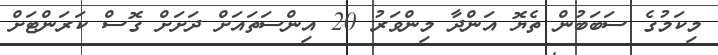
މިކަމުގެ ސަބަބުން ތެޔޮ އަންދާ މިންވަރު 20 އިންސަތައަށް ދަށަށް ގޮސް ކަރަންޓަށް